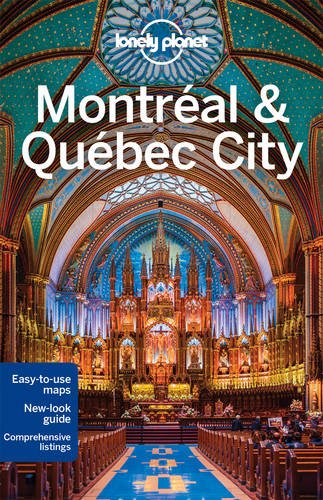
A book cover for Lonely Planet Montreal & Quebec City (Travel Guide); Lonely Planet; Travel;